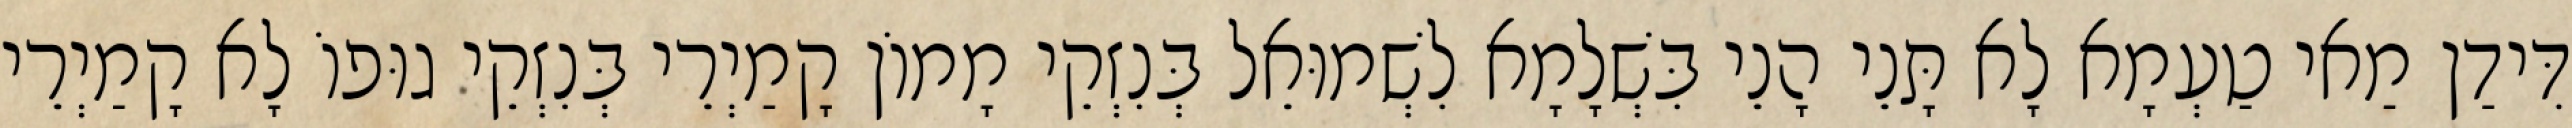
דִּידַן מַאי טַעְמָא לָא תָּנֵי הָנֵי בִּשְׁלָמָא לִשְׁמוּאֵל בְּנִזְקֵי מָמוֹן קָמַיְרֵי בְּנִזְקֵי גוּפוֹ לָא קָמַיְרֵי